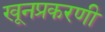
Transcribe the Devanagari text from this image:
खूनप्रकरणी